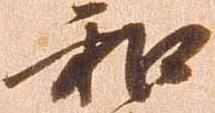
和